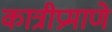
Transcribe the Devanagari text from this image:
कात्रीप्रमाणे